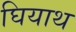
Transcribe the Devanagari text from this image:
घियाथ